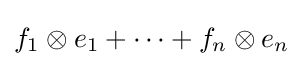
f_{1}\otimes e_{1}+\cdots +f_{n}\otimes e_{n}